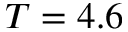
T = 4 . 6